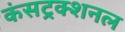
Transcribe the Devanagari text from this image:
कंसट्रक्शनल